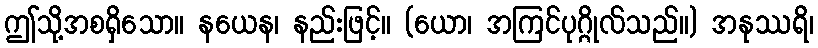
ဤသို့အစရှိသော။ နယေန၊ နည်းဖြင့်။ (ယော၊ အကြင်ပုဂ္ဂိုလ်သည်။) အနုဿရိ၊